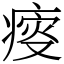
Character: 𤸃